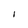
Character: I